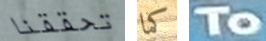
تحققنا كما To